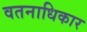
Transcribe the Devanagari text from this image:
वतनाधिकार